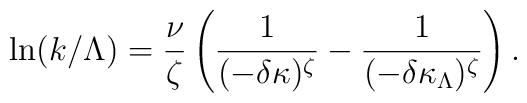
\ln (k/\Lambda)=\frac{\nu}{\zeta}\left(\frac{1}{(-\delta\kappa)^\zeta}-\frac{1}{(-\delta\kappa_{\Lambda})^\zeta}\right).